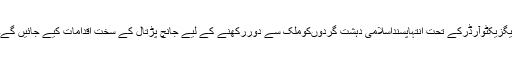
ایگزیکٹوآرڈرکے تحت انتہاپسنداسلامی دہشت گردوںکوملک سے دوررکھنے کے لیے جانچ پڑتال کے سخت اقدامات کیے جائیں گے۔